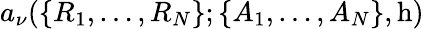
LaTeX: a_{\nu}(\lbrace R_{1},\ldots,R_{N}\rbrace;\lbrace A_{1},\ldots,A_{N}\rbrace,\textrm{h})